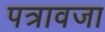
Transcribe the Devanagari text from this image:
पत्रावजा